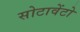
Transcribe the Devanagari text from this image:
सोटावेंटो